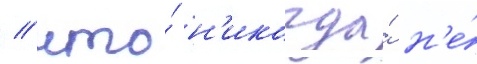
/ что́ н'икогда́ н'е́